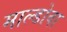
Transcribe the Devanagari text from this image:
माल्डोवा